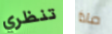
تنظري ماذا